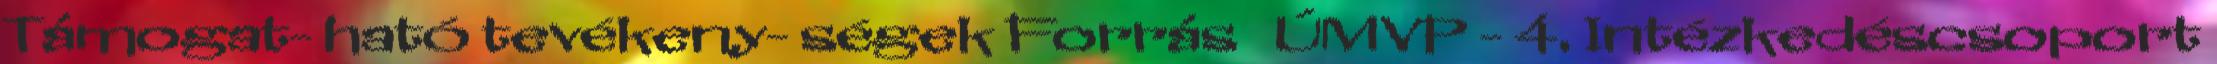
Támogat- ható tevékeny- ségek Forrás ▪ÚMVP - 4. Intézkedéscsoport